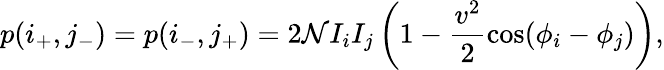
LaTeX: p(i_{+},j_{-})=p(i_{-},j_{+})=2\mathcal{N}I_{i}I_{j}\left(1-\frac{v^{2}}{2}\cos(\phi_{i}-\phi_{j})\right),